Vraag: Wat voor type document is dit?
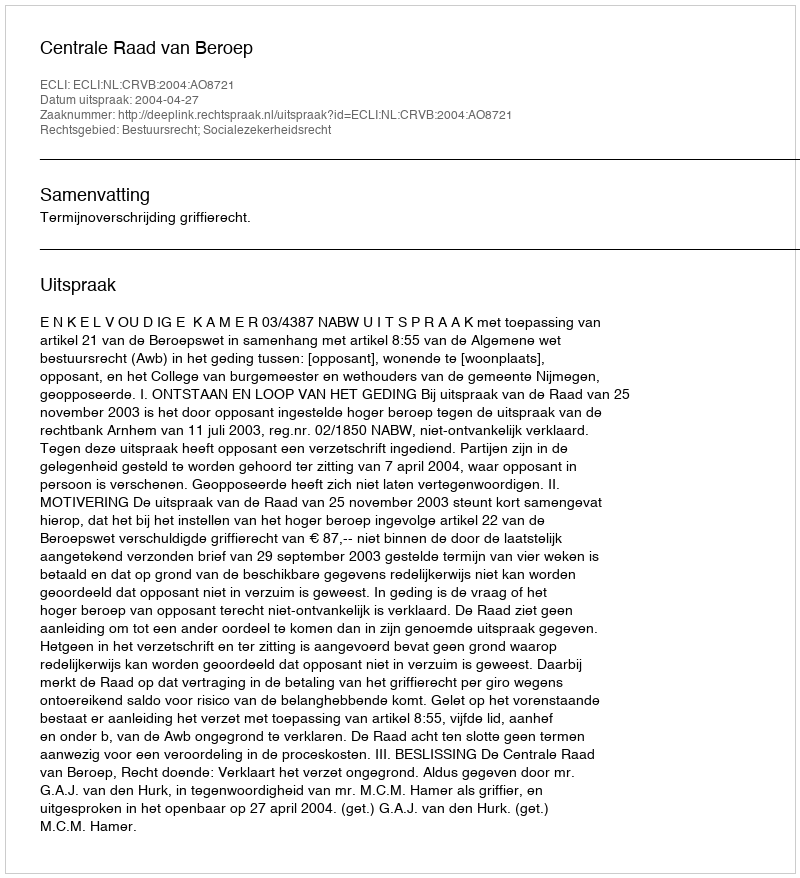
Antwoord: Uitspraak